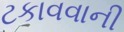
ટકાવવાની